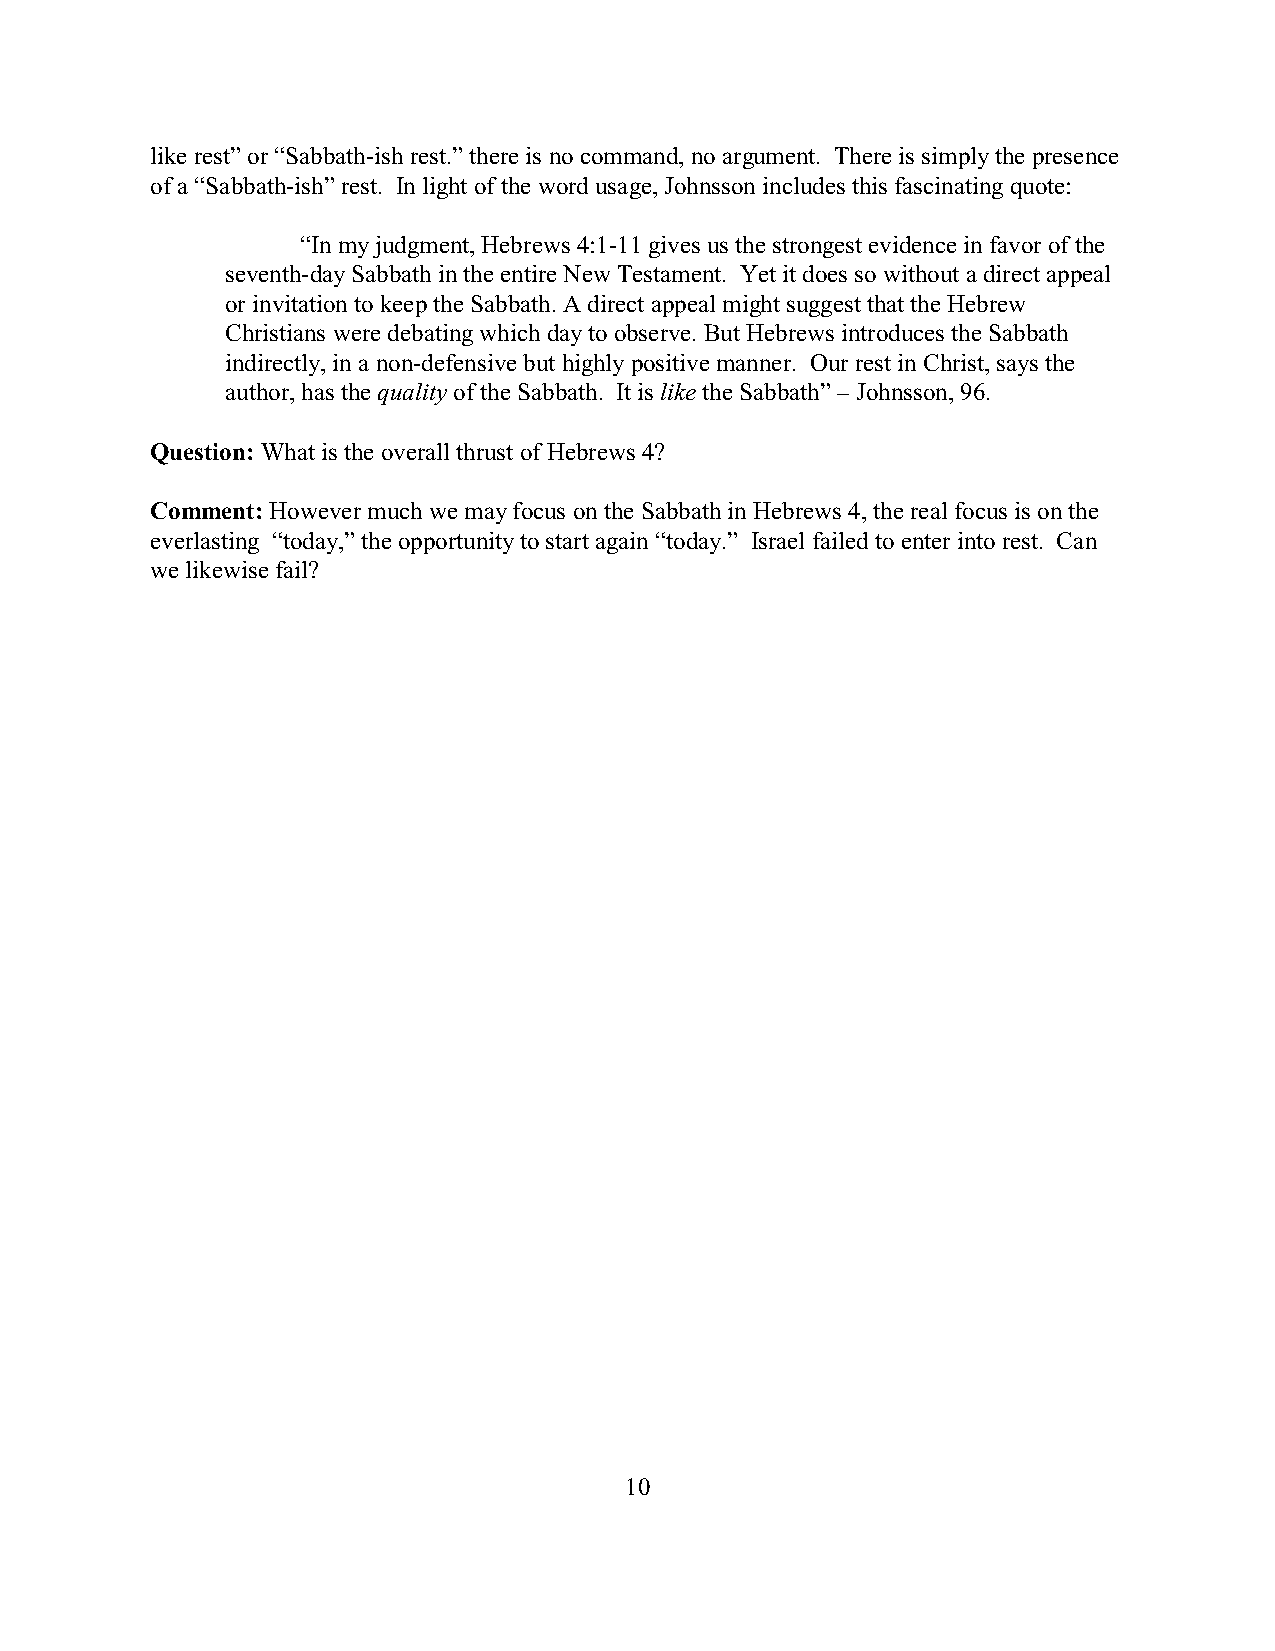
like rest” or “Sabbath-ish rest.” there is no command, no argument. There is simply the presence
 of a “Sabbath-ish” rest. In light of the word usage, Johnsson includes this fascinating quote:
 “In my judgment, Hebrews 4:1-11 gives us the strongest evidence in favor of the
 seventh-day Sabbath in the entire New Testament. Yet it does so without a direct appeal
 or invitation to keep the Sabbath. A direct appeal might suggest that the Hebrew
 Christians were debating which day to observe. But Hebrews introduces the Sabbath
 indirectly, in a non-defensive but highly positive manner. Our rest in Christ, says the
 author, has the quality of the Sabbath. It is like the Sabbath” – Johnsson, 96.
 Question: What is the overall thrust of Hebrews 4?
 Comment: However much we may focus on the Sabbath in Hebrews 4, the real focus is on the
 everlasting “today,” the opportunity to start again “today.” Israel failed to enter into rest. Can
 we likewise fail?
 10